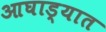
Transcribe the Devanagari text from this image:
आघाड्यात